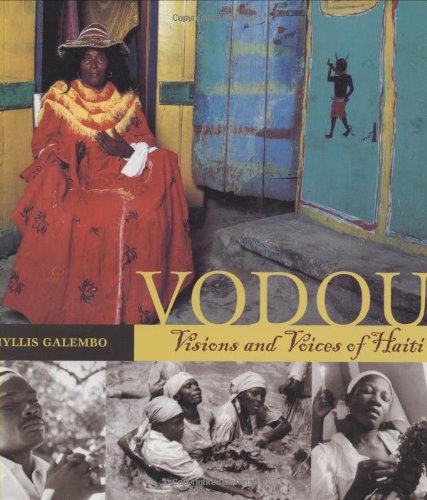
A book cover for Vodou: Visions and Voices of Haiti; Phyllis Galembo; Travel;